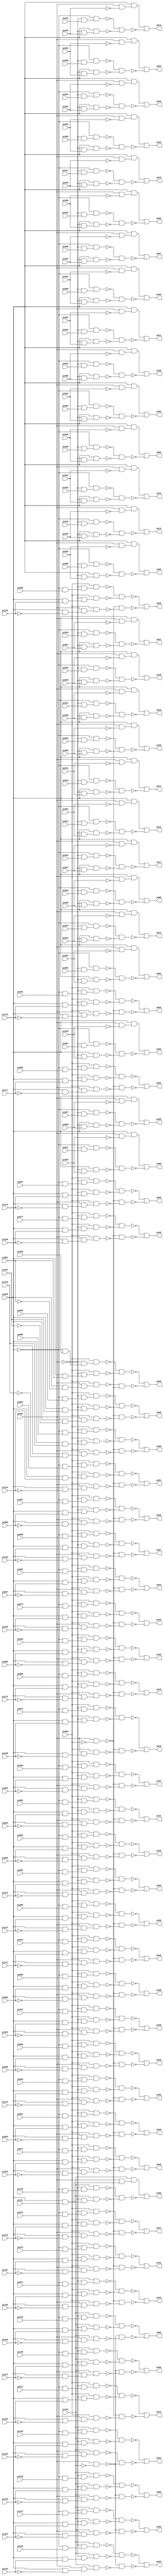
// Benchmark "i6" written by ABC on Sun Apr 22 21:43:05 2018

module i6 ( 
    pi000, pi001, pi002, pi003, pi004, pi005, pi006, pi007, pi008, pi009,
    pi010, pi011, pi012, pi013, pi014, pi015, pi016, pi017, pi018, pi019,
    pi020, pi021, pi022, pi023, pi024, pi025, pi026, pi027, pi028, pi029,
    pi030, pi031, pi032, pi033, pi034, pi035, pi036, pi037, pi038, pi039,
    pi040, pi041, pi042, pi043, pi044, pi045, pi046, pi047, pi048, pi049,
    pi050, pi051, pi052, pi053, pi054, pi055, pi056, pi057, pi058, pi059,
    pi060, pi061, pi062, pi063, pi064, pi065, pi066, pi067, pi068, pi069,
    pi070, pi071, pi072, pi073, pi074, pi075, pi076, pi077, pi078, pi079,
    pi080, pi081, pi082, pi083, pi084, pi085, pi086, pi087, pi088, pi089,
    pi090, pi091, pi092, pi093, pi094, pi095, pi096, pi097, pi098, pi099,
    pi100, pi101, pi102, pi103, pi104, pi105, pi106, pi107, pi108, pi109,
    pi110, pi111, pi112, pi113, pi114, pi115, pi116, pi117, pi118, pi119,
    pi120, pi121, pi122, pi123, pi124, pi125, pi126, pi127, pi128, pi129,
    pi130, pi131, pi132, pi133, pi134, pi135, pi136, pi137,
    po00, po01, po02, po03, po04, po05, po06, po07, po08, po09, po10, po11,
    po12, po13, po14, po15, po16, po17, po18, po19, po20, po21, po22, po23,
    po24, po25, po26, po27, po28, po29, po30, po31, po32, po33, po34, po35,
    po36, po37, po38, po39, po40, po41, po42, po43, po44, po45, po46, po47,
    po48, po49, po50, po51, po52, po53, po54, po55, po56, po57, po58, po59,
    po60, po61, po62, po63, po64, po65, po66  );
  input  pi000, pi001, pi002, pi003, pi004, pi005, pi006, pi007, pi008,
    pi009, pi010, pi011, pi012, pi013, pi014, pi015, pi016, pi017, pi018,
    pi019, pi020, pi021, pi022, pi023, pi024, pi025, pi026, pi027, pi028,
    pi029, pi030, pi031, pi032, pi033, pi034, pi035, pi036, pi037, pi038,
    pi039, pi040, pi041, pi042, pi043, pi044, pi045, pi046, pi047, pi048,
    pi049, pi050, pi051, pi052, pi053, pi054, pi055, pi056, pi057, pi058,
    pi059, pi060, pi061, pi062, pi063, pi064, pi065, pi066, pi067, pi068,
    pi069, pi070, pi071, pi072, pi073, pi074, pi075, pi076, pi077, pi078,
    pi079, pi080, pi081, pi082, pi083, pi084, pi085, pi086, pi087, pi088,
    pi089, pi090, pi091, pi092, pi093, pi094, pi095, pi096, pi097, pi098,
    pi099, pi100, pi101, pi102, pi103, pi104, pi105, pi106, pi107, pi108,
    pi109, pi110, pi111, pi112, pi113, pi114, pi115, pi116, pi117, pi118,
    pi119, pi120, pi121, pi122, pi123, pi124, pi125, pi126, pi127, pi128,
    pi129, pi130, pi131, pi132, pi133, pi134, pi135, pi136, pi137;
  output po00, po01, po02, po03, po04, po05, po06, po07, po08, po09, po10,
    po11, po12, po13, po14, po15, po16, po17, po18, po19, po20, po21, po22,
    po23, po24, po25, po26, po27, po28, po29, po30, po31, po32, po33, po34,
    po35, po36, po37, po38, po39, po40, po41, po42, po43, po44, po45, po46,
    po47, po48, po49, po50, po51, po52, po53, po54, po55, po56, po57, po58,
    po59, po60, po61, po62, po63, po64, po65, po66;
  wire n206, n207, n208, n209, n210, n211, n212, n214, n215, n216, n217,
    n218, n219, n220, n222, n223, n224, n225, n226, n227, n228, n230, n231,
    n232, n233, n234, n235, n236, n238, n239, n240, n241, n242, n243, n244,
    n246, n247, n248, n249, n250, n251, n252, n254, n255, n256, n257, n258,
    n259, n260, n262, n263, n264, n265, n266, n267, n268, n270, n271, n272,
    n273, n274, n275, n276, n278, n279, n280, n281, n282, n283, n284, n286,
    n287, n288, n289, n290, n291, n292, n294, n295, n296, n297, n298, n299,
    n300, n302, n303, n304, n305, n306, n307, n308, n310, n311, n312, n313,
    n314, n315, n316, n318, n319, n320, n321, n322, n323, n324, n326, n327,
    n328, n329, n330, n331, n332, n334, n335, n336, n337, n338, n339, n340,
    n342, n343, n344, n345, n346, n347, n348, n350, n351, n352, n353, n354,
    n355, n356, n358, n359, n360, n361, n362, n363, n364, n366, n367, n368,
    n369, n370, n371, n372, n374, n375, n376, n377, n378, n379, n380, n382,
    n383, n384, n385, n386, n387, n388, n390, n391, n392, n393, n394, n395,
    n396, n398, n399, n400, n401, n402, n403, n404, n406, n407, n408, n409,
    n410, n411, n412, n414, n415, n416, n417, n418, n419, n420, n422, n423,
    n424, n425, n426, n427, n428, n430, n431, n432, n433, n434, n435, n436,
    n437, n438, n439, n440, n441, n443, n444, n445, n446, n447, n448, n449,
    n450, n451, n452, n453, n455, n456, n457, n458, n459, n460, n461, n462,
    n463, n464, n465, n467, n468, n469, n470, n471, n472, n473, n474, n475,
    n476, n477, n479, n480, n481, n482, n483, n484, n485, n486, n487, n488,
    n489, n491, n492, n493, n494, n495, n496, n497, n498, n499, n500, n501,
    n503, n504, n505, n506, n507, n508, n509, n510, n511, n512, n513, n515,
    n516, n517, n518, n519, n520, n521, n522, n523, n524, n525, n527, n528,
    n529, n530, n531, n532, n533, n534, n535, n536, n537, n539, n540, n541,
    n542, n543, n544, n545, n546, n547, n548, n549, n551, n552, n553, n554,
    n555, n556, n557, n558, n559, n560, n561, n563, n564, n565, n566, n567,
    n568, n569, n570, n571, n572, n573, n575, n576, n577, n578, n579, n580,
    n581, n582, n583, n584, n585, n587, n588, n589, n590, n591, n592, n593,
    n594, n595, n596, n597, n599, n600, n601, n602, n603, n604, n605, n606,
    n607, n608, n609, n611, n612, n613, n614, n615, n616, n617, n618, n619,
    n620, n621, n623, n624, n625, n626, n627, n628, n629, n630, n631, n632,
    n633, n635, n636, n637, n638, n639, n640, n641, n642, n643, n644, n645,
    n647, n648, n649, n650, n651, n652, n653, n654, n655, n656, n657, n659,
    n660, n661, n662, n663, n664, n665, n666, n667, n668, n669, n671, n672,
    n673, n674, n675, n676, n677, n678, n679, n680, n681, n683, n684, n685,
    n686, n687, n688, n689, n690, n691, n692, n693, n695, n696, n697, n698,
    n699, n700, n701, n702, n703, n704, n705, n707, n708, n709, n710, n711,
    n712, n713, n714, n715, n716, n717, n719, n720, n721, n722, n723, n724,
    n725, n726, n727, n728, n729, n731, n732, n733, n734, n735, n736, n737,
    n738, n739, n740, n741, n743, n744, n745, n746, n747, n748, n749, n750,
    n751, n752, n753, n755, n756, n757, n758, n759, n760, n761, n762, n763,
    n764, n765, n767, n768, n769, n770, n771, n772, n773, n774, n775, n776,
    n777, n779, n780, n781, n782, n783, n784, n785, n786, n787, n788, n789,
    n791, n792, n793, n794, n795, n796, n797, n798, n799, n800, n801, n803,
    n804, n805, n806, n807, n808, n809, n810, n811, n812, n813, n815, n816,
    n817, n818, n819, n820, n821, n822, n823, n825, n826, n827, n828, n829,
    n830, n831, n832, n833, n834, n835, n836, n838, n839, n840, n841, n842,
    n843, n844, n845, n846, n847, n848, n850, n851, n852, n853, n854, n855,
    n856, n857, n858, n859, n860, n862, n863, n864, n865, n866, n867, n868,
    n869, n870, n871, n872, n874, n875, n876, n877, n878, n879, n880, n881,
    n882, n883, n884, n886, n887, n888, n889, n890, n891, n892, n893, n894,
    n895, n896;
  assign n206 = ~pi001 & pi002;
  assign n207 = ~pi000 & n206;
  assign n208 = ~pi001 & pi030;
  assign n209 = pi000 & n208;
  assign n210 = pi001 & ~pi030;
  assign n211 = pi000 & n210;
  assign n212 = ~n207 & ~n209;
  assign po00 = n211 | ~n212;
  assign n214 = ~pi001 & pi003;
  assign n215 = ~pi000 & n214;
  assign n216 = ~pi001 & pi031;
  assign n217 = pi000 & n216;
  assign n218 = pi001 & ~pi031;
  assign n219 = pi000 & n218;
  assign n220 = ~n215 & ~n217;
  assign po01 = n219 | ~n220;
  assign n222 = ~pi001 & pi004;
  assign n223 = ~pi000 & n222;
  assign n224 = ~pi001 & pi032;
  assign n225 = pi000 & n224;
  assign n226 = pi001 & ~pi032;
  assign n227 = pi000 & n226;
  assign n228 = ~n223 & ~n225;
  assign po02 = n227 | ~n228;
  assign n230 = ~pi001 & pi005;
  assign n231 = ~pi000 & n230;
  assign n232 = ~pi001 & pi033;
  assign n233 = pi000 & n232;
  assign n234 = pi001 & ~pi033;
  assign n235 = pi000 & n234;
  assign n236 = ~n231 & ~n233;
  assign po03 = n235 | ~n236;
  assign n238 = ~pi001 & pi006;
  assign n239 = ~pi000 & n238;
  assign n240 = ~pi001 & pi034;
  assign n241 = pi000 & n240;
  assign n242 = pi001 & ~pi034;
  assign n243 = pi000 & n242;
  assign n244 = ~n239 & ~n241;
  assign po04 = n243 | ~n244;
  assign n246 = ~pi001 & pi007;
  assign n247 = ~pi000 & n246;
  assign n248 = ~pi001 & pi035;
  assign n249 = pi000 & n248;
  assign n250 = pi001 & ~pi035;
  assign n251 = pi000 & n250;
  assign n252 = ~n247 & ~n249;
  assign po05 = n251 | ~n252;
  assign n254 = ~pi001 & pi008;
  assign n255 = ~pi000 & n254;
  assign n256 = ~pi001 & pi036;
  assign n257 = pi000 & n256;
  assign n258 = pi001 & ~pi036;
  assign n259 = pi000 & n258;
  assign n260 = ~n255 & ~n257;
  assign po06 = n259 | ~n260;
  assign n262 = ~pi001 & pi009;
  assign n263 = ~pi000 & n262;
  assign n264 = ~pi001 & pi037;
  assign n265 = pi000 & n264;
  assign n266 = pi001 & ~pi037;
  assign n267 = pi000 & n266;
  assign n268 = ~n263 & ~n265;
  assign po07 = n267 | ~n268;
  assign n270 = ~pi001 & pi010;
  assign n271 = ~pi000 & n270;
  assign n272 = ~pi001 & pi038;
  assign n273 = pi000 & n272;
  assign n274 = pi001 & ~pi038;
  assign n275 = pi000 & n274;
  assign n276 = ~n271 & ~n273;
  assign po08 = n275 | ~n276;
  assign n278 = ~pi001 & pi011;
  assign n279 = ~pi000 & n278;
  assign n280 = ~pi001 & pi039;
  assign n281 = pi000 & n280;
  assign n282 = pi001 & ~pi039;
  assign n283 = pi000 & n282;
  assign n284 = ~n279 & ~n281;
  assign po09 = n283 | ~n284;
  assign n286 = ~pi001 & pi012;
  assign n287 = ~pi000 & n286;
  assign n288 = ~pi001 & pi040;
  assign n289 = pi000 & n288;
  assign n290 = pi001 & ~pi040;
  assign n291 = pi000 & n290;
  assign n292 = ~n287 & ~n289;
  assign po10 = n291 | ~n292;
  assign n294 = ~pi001 & pi013;
  assign n295 = ~pi000 & n294;
  assign n296 = ~pi001 & pi041;
  assign n297 = pi000 & n296;
  assign n298 = pi001 & ~pi041;
  assign n299 = pi000 & n298;
  assign n300 = ~n295 & ~n297;
  assign po11 = n299 | ~n300;
  assign n302 = ~pi001 & pi014;
  assign n303 = ~pi000 & n302;
  assign n304 = ~pi001 & pi042;
  assign n305 = pi000 & n304;
  assign n306 = pi001 & ~pi042;
  assign n307 = pi000 & n306;
  assign n308 = ~n303 & ~n305;
  assign po12 = n307 | ~n308;
  assign n310 = ~pi001 & pi015;
  assign n311 = ~pi000 & n310;
  assign n312 = ~pi001 & pi043;
  assign n313 = pi000 & n312;
  assign n314 = pi001 & ~pi043;
  assign n315 = pi000 & n314;
  assign n316 = ~n311 & ~n313;
  assign po13 = n315 | ~n316;
  assign n318 = ~pi001 & pi016;
  assign n319 = ~pi000 & n318;
  assign n320 = ~pi001 & pi044;
  assign n321 = pi000 & n320;
  assign n322 = pi001 & ~pi044;
  assign n323 = pi000 & n322;
  assign n324 = ~n319 & ~n321;
  assign po14 = n323 | ~n324;
  assign n326 = ~pi001 & pi017;
  assign n327 = ~pi000 & n326;
  assign n328 = ~pi001 & pi045;
  assign n329 = pi000 & n328;
  assign n330 = pi001 & ~pi045;
  assign n331 = pi000 & n330;
  assign n332 = ~n327 & ~n329;
  assign po15 = n331 | ~n332;
  assign n334 = ~pi001 & pi018;
  assign n335 = ~pi000 & n334;
  assign n336 = ~pi001 & pi046;
  assign n337 = pi000 & n336;
  assign n338 = pi001 & ~pi046;
  assign n339 = pi000 & n338;
  assign n340 = ~n335 & ~n337;
  assign po16 = n339 | ~n340;
  assign n342 = ~pi001 & pi019;
  assign n343 = ~pi000 & n342;
  assign n344 = ~pi001 & pi047;
  assign n345 = pi000 & n344;
  assign n346 = pi001 & ~pi047;
  assign n347 = pi000 & n346;
  assign n348 = ~n343 & ~n345;
  assign po17 = n347 | ~n348;
  assign n350 = ~pi001 & pi020;
  assign n351 = ~pi000 & n350;
  assign n352 = ~pi001 & pi048;
  assign n353 = pi000 & n352;
  assign n354 = pi001 & ~pi048;
  assign n355 = pi000 & n354;
  assign n356 = ~n351 & ~n353;
  assign po18 = n355 | ~n356;
  assign n358 = ~pi001 & pi021;
  assign n359 = ~pi000 & n358;
  assign n360 = ~pi001 & pi049;
  assign n361 = pi000 & n360;
  assign n362 = pi001 & ~pi049;
  assign n363 = pi000 & n362;
  assign n364 = ~n359 & ~n361;
  assign po19 = n363 | ~n364;
  assign n366 = ~pi001 & pi022;
  assign n367 = ~pi000 & n366;
  assign n368 = ~pi001 & pi050;
  assign n369 = pi000 & n368;
  assign n370 = pi001 & ~pi050;
  assign n371 = pi000 & n370;
  assign n372 = ~n367 & ~n369;
  assign po20 = n371 | ~n372;
  assign n374 = ~pi001 & pi023;
  assign n375 = ~pi000 & n374;
  assign n376 = ~pi001 & pi051;
  assign n377 = pi000 & n376;
  assign n378 = pi001 & ~pi051;
  assign n379 = pi000 & n378;
  assign n380 = ~n375 & ~n377;
  assign po21 = n379 | ~n380;
  assign n382 = ~pi001 & pi024;
  assign n383 = ~pi000 & n382;
  assign n384 = ~pi001 & pi052;
  assign n385 = pi000 & n384;
  assign n386 = pi001 & ~pi052;
  assign n387 = pi000 & n386;
  assign n388 = ~n383 & ~n385;
  assign po22 = n387 | ~n388;
  assign n390 = ~pi001 & pi025;
  assign n391 = ~pi000 & n390;
  assign n392 = ~pi001 & pi053;
  assign n393 = pi000 & n392;
  assign n394 = pi001 & ~pi053;
  assign n395 = pi000 & n394;
  assign n396 = ~n391 & ~n393;
  assign po23 = n395 | ~n396;
  assign n398 = ~pi001 & pi026;
  assign n399 = ~pi000 & n398;
  assign n400 = ~pi001 & pi054;
  assign n401 = pi000 & n400;
  assign n402 = pi001 & ~pi054;
  assign n403 = pi000 & n402;
  assign n404 = ~n399 & ~n401;
  assign po24 = n403 | ~n404;
  assign n406 = ~pi001 & pi027;
  assign n407 = ~pi000 & n406;
  assign n408 = ~pi001 & pi055;
  assign n409 = pi000 & n408;
  assign n410 = pi001 & ~pi055;
  assign n411 = pi000 & n410;
  assign n412 = ~n407 & ~n409;
  assign po25 = n411 | ~n412;
  assign n414 = ~pi001 & pi028;
  assign n415 = ~pi000 & n414;
  assign n416 = ~pi001 & pi056;
  assign n417 = pi000 & n416;
  assign n418 = pi001 & ~pi056;
  assign n419 = pi000 & n418;
  assign n420 = ~n415 & ~n417;
  assign po26 = n419 | ~n420;
  assign n422 = ~pi001 & pi029;
  assign n423 = ~pi000 & n422;
  assign n424 = ~pi001 & pi057;
  assign n425 = pi000 & n424;
  assign n426 = pi001 & ~pi057;
  assign n427 = pi000 & n426;
  assign n428 = ~n423 & ~n425;
  assign po27 = n427 | ~n428;
  assign n430 = ~pi000 & pi058;
  assign n431 = ~pi001 & n430;
  assign n432 = pi059 & n431;
  assign n433 = pi000 & pi091;
  assign n434 = ~pi001 & n433;
  assign n435 = pi059 & n434;
  assign n436 = pi000 & ~pi091;
  assign n437 = pi001 & n436;
  assign n438 = pi059 & n437;
  assign n439 = pi001 & ~pi059;
  assign n440 = ~n432 & ~n435;
  assign n441 = ~n438 & ~n439;
  assign po28 = ~n440 | ~n441;
  assign n443 = ~pi000 & pi060;
  assign n444 = ~pi001 & n443;
  assign n445 = pi059 & n444;
  assign n446 = pi000 & pi092;
  assign n447 = ~pi001 & n446;
  assign n448 = pi059 & n447;
  assign n449 = pi000 & ~pi092;
  assign n450 = pi001 & n449;
  assign n451 = pi059 & n450;
  assign n452 = ~n445 & ~n448;
  assign n453 = ~n439 & ~n451;
  assign po29 = ~n452 | ~n453;
  assign n455 = ~pi000 & pi061;
  assign n456 = ~pi001 & n455;
  assign n457 = pi059 & n456;
  assign n458 = pi000 & pi093;
  assign n459 = ~pi001 & n458;
  assign n460 = pi059 & n459;
  assign n461 = pi000 & ~pi093;
  assign n462 = pi001 & n461;
  assign n463 = pi059 & n462;
  assign n464 = ~n457 & ~n460;
  assign n465 = ~n439 & ~n463;
  assign po30 = ~n464 | ~n465;
  assign n467 = ~pi000 & pi062;
  assign n468 = ~pi001 & n467;
  assign n469 = pi059 & n468;
  assign n470 = pi000 & pi094;
  assign n471 = ~pi001 & n470;
  assign n472 = pi059 & n471;
  assign n473 = pi000 & ~pi094;
  assign n474 = pi001 & n473;
  assign n475 = pi059 & n474;
  assign n476 = ~n469 & ~n472;
  assign n477 = ~n439 & ~n475;
  assign po31 = ~n476 | ~n477;
  assign n479 = ~pi000 & pi063;
  assign n480 = ~pi001 & n479;
  assign n481 = pi059 & n480;
  assign n482 = pi000 & pi095;
  assign n483 = ~pi001 & n482;
  assign n484 = pi059 & n483;
  assign n485 = pi000 & ~pi095;
  assign n486 = pi001 & n485;
  assign n487 = pi059 & n486;
  assign n488 = ~n481 & ~n484;
  assign n489 = ~n439 & ~n487;
  assign po32 = ~n488 | ~n489;
  assign n491 = ~pi000 & pi064;
  assign n492 = ~pi001 & n491;
  assign n493 = pi059 & n492;
  assign n494 = pi000 & pi096;
  assign n495 = ~pi001 & n494;
  assign n496 = pi059 & n495;
  assign n497 = pi000 & ~pi096;
  assign n498 = pi001 & n497;
  assign n499 = pi059 & n498;
  assign n500 = ~n493 & ~n496;
  assign n501 = ~n439 & ~n499;
  assign po33 = ~n500 | ~n501;
  assign n503 = ~pi000 & pi065;
  assign n504 = ~pi001 & n503;
  assign n505 = pi059 & n504;
  assign n506 = pi000 & pi097;
  assign n507 = ~pi001 & n506;
  assign n508 = pi059 & n507;
  assign n509 = pi000 & ~pi097;
  assign n510 = pi001 & n509;
  assign n511 = pi059 & n510;
  assign n512 = ~n505 & ~n508;
  assign n513 = ~n439 & ~n511;
  assign po34 = ~n512 | ~n513;
  assign n515 = ~pi000 & pi066;
  assign n516 = ~pi001 & n515;
  assign n517 = pi059 & n516;
  assign n518 = pi000 & pi098;
  assign n519 = ~pi001 & n518;
  assign n520 = pi059 & n519;
  assign n521 = pi000 & ~pi098;
  assign n522 = pi001 & n521;
  assign n523 = pi059 & n522;
  assign n524 = ~n517 & ~n520;
  assign n525 = ~n439 & ~n523;
  assign po35 = ~n524 | ~n525;
  assign n527 = ~pi000 & pi067;
  assign n528 = ~pi001 & n527;
  assign n529 = pi059 & n528;
  assign n530 = pi000 & pi099;
  assign n531 = ~pi001 & n530;
  assign n532 = pi059 & n531;
  assign n533 = pi000 & ~pi099;
  assign n534 = pi001 & n533;
  assign n535 = pi059 & n534;
  assign n536 = ~n529 & ~n532;
  assign n537 = ~n439 & ~n535;
  assign po36 = ~n536 | ~n537;
  assign n539 = ~pi000 & pi068;
  assign n540 = ~pi001 & n539;
  assign n541 = pi059 & n540;
  assign n542 = pi000 & pi100;
  assign n543 = ~pi001 & n542;
  assign n544 = pi059 & n543;
  assign n545 = pi000 & ~pi100;
  assign n546 = pi001 & n545;
  assign n547 = pi059 & n546;
  assign n548 = ~n541 & ~n544;
  assign n549 = ~n439 & ~n547;
  assign po37 = ~n548 | ~n549;
  assign n551 = ~pi000 & pi069;
  assign n552 = ~pi001 & n551;
  assign n553 = pi059 & n552;
  assign n554 = pi000 & pi101;
  assign n555 = ~pi001 & n554;
  assign n556 = pi059 & n555;
  assign n557 = pi000 & ~pi101;
  assign n558 = pi001 & n557;
  assign n559 = pi059 & n558;
  assign n560 = ~n553 & ~n556;
  assign n561 = ~n439 & ~n559;
  assign po38 = ~n560 | ~n561;
  assign n563 = ~pi000 & pi070;
  assign n564 = ~pi001 & n563;
  assign n565 = pi059 & n564;
  assign n566 = pi000 & pi102;
  assign n567 = ~pi001 & n566;
  assign n568 = pi059 & n567;
  assign n569 = pi000 & ~pi102;
  assign n570 = pi001 & n569;
  assign n571 = pi059 & n570;
  assign n572 = ~n565 & ~n568;
  assign n573 = ~n439 & ~n571;
  assign po39 = ~n572 | ~n573;
  assign n575 = ~pi000 & pi071;
  assign n576 = ~pi001 & n575;
  assign n577 = pi059 & n576;
  assign n578 = pi000 & pi103;
  assign n579 = ~pi001 & n578;
  assign n580 = pi059 & n579;
  assign n581 = pi000 & ~pi103;
  assign n582 = pi001 & n581;
  assign n583 = pi059 & n582;
  assign n584 = ~n577 & ~n580;
  assign n585 = ~n439 & ~n583;
  assign po40 = ~n584 | ~n585;
  assign n587 = ~pi000 & pi072;
  assign n588 = ~pi001 & n587;
  assign n589 = pi059 & n588;
  assign n590 = pi000 & pi104;
  assign n591 = ~pi001 & n590;
  assign n592 = pi059 & n591;
  assign n593 = pi000 & ~pi104;
  assign n594 = pi001 & n593;
  assign n595 = pi059 & n594;
  assign n596 = ~n589 & ~n592;
  assign n597 = ~n439 & ~n595;
  assign po41 = ~n596 | ~n597;
  assign n599 = ~pi000 & pi073;
  assign n600 = ~pi001 & n599;
  assign n601 = pi059 & n600;
  assign n602 = pi000 & pi105;
  assign n603 = ~pi001 & n602;
  assign n604 = pi059 & n603;
  assign n605 = pi000 & ~pi105;
  assign n606 = pi001 & n605;
  assign n607 = pi059 & n606;
  assign n608 = ~n601 & ~n604;
  assign n609 = ~n439 & ~n607;
  assign po42 = ~n608 | ~n609;
  assign n611 = ~pi000 & pi074;
  assign n612 = ~pi001 & n611;
  assign n613 = pi059 & n612;
  assign n614 = pi000 & pi106;
  assign n615 = ~pi001 & n614;
  assign n616 = pi059 & n615;
  assign n617 = pi000 & ~pi106;
  assign n618 = pi001 & n617;
  assign n619 = pi059 & n618;
  assign n620 = ~n613 & ~n616;
  assign n621 = ~n439 & ~n619;
  assign po43 = ~n620 | ~n621;
  assign n623 = ~pi000 & pi075;
  assign n624 = ~pi001 & n623;
  assign n625 = pi059 & n624;
  assign n626 = pi000 & pi107;
  assign n627 = ~pi001 & n626;
  assign n628 = pi059 & n627;
  assign n629 = pi000 & ~pi107;
  assign n630 = pi001 & n629;
  assign n631 = pi059 & n630;
  assign n632 = ~n625 & ~n628;
  assign n633 = ~n439 & ~n631;
  assign po44 = ~n632 | ~n633;
  assign n635 = ~pi000 & pi076;
  assign n636 = ~pi001 & n635;
  assign n637 = pi059 & n636;
  assign n638 = pi000 & pi108;
  assign n639 = ~pi001 & n638;
  assign n640 = pi059 & n639;
  assign n641 = pi000 & ~pi108;
  assign n642 = pi001 & n641;
  assign n643 = pi059 & n642;
  assign n644 = ~n637 & ~n640;
  assign n645 = ~n439 & ~n643;
  assign po45 = ~n644 | ~n645;
  assign n647 = ~pi000 & pi077;
  assign n648 = ~pi001 & n647;
  assign n649 = pi059 & n648;
  assign n650 = pi000 & pi109;
  assign n651 = ~pi001 & n650;
  assign n652 = pi059 & n651;
  assign n653 = pi000 & ~pi109;
  assign n654 = pi001 & n653;
  assign n655 = pi059 & n654;
  assign n656 = ~n649 & ~n652;
  assign n657 = ~n439 & ~n655;
  assign po46 = ~n656 | ~n657;
  assign n659 = ~pi000 & pi078;
  assign n660 = ~pi001 & n659;
  assign n661 = pi059 & n660;
  assign n662 = pi000 & pi110;
  assign n663 = ~pi001 & n662;
  assign n664 = pi059 & n663;
  assign n665 = pi000 & ~pi110;
  assign n666 = pi001 & n665;
  assign n667 = pi059 & n666;
  assign n668 = ~n661 & ~n664;
  assign n669 = ~n439 & ~n667;
  assign po47 = ~n668 | ~n669;
  assign n671 = ~pi000 & pi079;
  assign n672 = ~pi001 & n671;
  assign n673 = pi059 & n672;
  assign n674 = pi000 & pi111;
  assign n675 = ~pi001 & n674;
  assign n676 = pi059 & n675;
  assign n677 = pi000 & ~pi111;
  assign n678 = pi001 & n677;
  assign n679 = pi059 & n678;
  assign n680 = ~n673 & ~n676;
  assign n681 = ~n439 & ~n679;
  assign po48 = ~n680 | ~n681;
  assign n683 = ~pi000 & pi080;
  assign n684 = ~pi001 & n683;
  assign n685 = pi059 & n684;
  assign n686 = pi000 & pi112;
  assign n687 = ~pi001 & n686;
  assign n688 = pi059 & n687;
  assign n689 = pi000 & ~pi112;
  assign n690 = pi001 & n689;
  assign n691 = pi059 & n690;
  assign n692 = ~n685 & ~n688;
  assign n693 = ~n439 & ~n691;
  assign po49 = ~n692 | ~n693;
  assign n695 = ~pi000 & pi081;
  assign n696 = ~pi001 & n695;
  assign n697 = pi059 & n696;
  assign n698 = pi000 & pi113;
  assign n699 = ~pi001 & n698;
  assign n700 = pi059 & n699;
  assign n701 = pi000 & ~pi113;
  assign n702 = pi001 & n701;
  assign n703 = pi059 & n702;
  assign n704 = ~n697 & ~n700;
  assign n705 = ~n439 & ~n703;
  assign po50 = ~n704 | ~n705;
  assign n707 = ~pi000 & pi082;
  assign n708 = ~pi001 & n707;
  assign n709 = pi059 & n708;
  assign n710 = pi000 & pi114;
  assign n711 = ~pi001 & n710;
  assign n712 = pi059 & n711;
  assign n713 = pi000 & ~pi114;
  assign n714 = pi001 & n713;
  assign n715 = pi059 & n714;
  assign n716 = ~n709 & ~n712;
  assign n717 = ~n439 & ~n715;
  assign po51 = ~n716 | ~n717;
  assign n719 = ~pi000 & pi083;
  assign n720 = ~pi001 & n719;
  assign n721 = pi059 & n720;
  assign n722 = pi000 & pi115;
  assign n723 = ~pi001 & n722;
  assign n724 = pi059 & n723;
  assign n725 = pi000 & ~pi115;
  assign n726 = pi001 & n725;
  assign n727 = pi059 & n726;
  assign n728 = ~n721 & ~n724;
  assign n729 = ~n439 & ~n727;
  assign po52 = ~n728 | ~n729;
  assign n731 = ~pi000 & pi084;
  assign n732 = ~pi001 & n731;
  assign n733 = pi059 & n732;
  assign n734 = pi000 & pi116;
  assign n735 = ~pi001 & n734;
  assign n736 = pi059 & n735;
  assign n737 = pi000 & ~pi116;
  assign n738 = pi001 & n737;
  assign n739 = pi059 & n738;
  assign n740 = ~n733 & ~n736;
  assign n741 = ~n439 & ~n739;
  assign po53 = ~n740 | ~n741;
  assign n743 = ~pi000 & pi085;
  assign n744 = ~pi001 & n743;
  assign n745 = pi059 & n744;
  assign n746 = pi000 & pi117;
  assign n747 = ~pi001 & n746;
  assign n748 = pi059 & n747;
  assign n749 = pi000 & ~pi117;
  assign n750 = pi001 & n749;
  assign n751 = pi059 & n750;
  assign n752 = ~n745 & ~n748;
  assign n753 = ~n439 & ~n751;
  assign po54 = ~n752 | ~n753;
  assign n755 = ~pi000 & pi086;
  assign n756 = ~pi001 & n755;
  assign n757 = pi059 & n756;
  assign n758 = pi000 & pi118;
  assign n759 = ~pi001 & n758;
  assign n760 = pi059 & n759;
  assign n761 = pi000 & ~pi118;
  assign n762 = pi001 & n761;
  assign n763 = pi059 & n762;
  assign n764 = ~n757 & ~n760;
  assign n765 = ~n439 & ~n763;
  assign po55 = ~n764 | ~n765;
  assign n767 = ~pi000 & pi087;
  assign n768 = ~pi001 & n767;
  assign n769 = pi059 & n768;
  assign n770 = pi000 & pi119;
  assign n771 = ~pi001 & n770;
  assign n772 = pi059 & n771;
  assign n773 = pi000 & ~pi119;
  assign n774 = pi001 & n773;
  assign n775 = pi059 & n774;
  assign n776 = ~n769 & ~n772;
  assign n777 = ~n439 & ~n775;
  assign po56 = ~n776 | ~n777;
  assign n779 = ~pi000 & pi088;
  assign n780 = ~pi001 & n779;
  assign n781 = pi059 & n780;
  assign n782 = pi000 & pi120;
  assign n783 = ~pi001 & n782;
  assign n784 = pi059 & n783;
  assign n785 = pi000 & ~pi120;
  assign n786 = pi001 & n785;
  assign n787 = pi059 & n786;
  assign n788 = ~n781 & ~n784;
  assign n789 = ~n439 & ~n787;
  assign po57 = ~n788 | ~n789;
  assign n791 = ~pi000 & pi089;
  assign n792 = ~pi001 & n791;
  assign n793 = pi059 & n792;
  assign n794 = pi000 & pi121;
  assign n795 = ~pi001 & n794;
  assign n796 = pi059 & n795;
  assign n797 = pi000 & ~pi121;
  assign n798 = pi001 & n797;
  assign n799 = pi059 & n798;
  assign n800 = ~n793 & ~n796;
  assign n801 = ~n439 & ~n799;
  assign po58 = ~n800 | ~n801;
  assign n803 = ~pi000 & pi090;
  assign n804 = ~pi001 & n803;
  assign n805 = pi059 & n804;
  assign n806 = pi000 & pi122;
  assign n807 = ~pi001 & n806;
  assign n808 = pi059 & n807;
  assign n809 = pi000 & ~pi122;
  assign n810 = pi001 & n809;
  assign n811 = pi059 & n810;
  assign n812 = ~n805 & ~n808;
  assign n813 = ~n439 & ~n811;
  assign po59 = ~n812 | ~n813;
  assign n815 = ~pi000 & pi123;
  assign n816 = ~pi001 & n815;
  assign n817 = pi124 & n816;
  assign n818 = pi000 & pi131;
  assign n819 = ~pi001 & n818;
  assign n820 = pi124 & n819;
  assign n821 = pi001 & n818;
  assign n822 = pi124 & n821;
  assign n823 = ~n817 & ~n820;
  assign po60 = n822 | ~n823;
  assign n825 = ~pi000 & pi125;
  assign n826 = ~pi001 & n825;
  assign n827 = pi124 & n826;
  assign n828 = pi000 & pi132;
  assign n829 = ~pi001 & n828;
  assign n830 = pi124 & n829;
  assign n831 = pi000 & ~pi132;
  assign n832 = pi001 & n831;
  assign n833 = pi124 & n832;
  assign n834 = pi001 & ~pi124;
  assign n835 = ~n827 & ~n830;
  assign n836 = ~n833 & ~n834;
  assign po61 = ~n835 | ~n836;
  assign n838 = ~pi000 & pi126;
  assign n839 = ~pi001 & n838;
  assign n840 = pi124 & n839;
  assign n841 = pi000 & pi133;
  assign n842 = ~pi001 & n841;
  assign n843 = pi124 & n842;
  assign n844 = pi000 & ~pi133;
  assign n845 = pi001 & n844;
  assign n846 = pi124 & n845;
  assign n847 = ~n840 & ~n843;
  assign n848 = ~n834 & ~n846;
  assign po62 = ~n847 | ~n848;
  assign n850 = ~pi000 & pi127;
  assign n851 = ~pi001 & n850;
  assign n852 = pi124 & n851;
  assign n853 = pi000 & pi134;
  assign n854 = ~pi001 & n853;
  assign n855 = pi124 & n854;
  assign n856 = pi000 & ~pi134;
  assign n857 = pi001 & n856;
  assign n858 = pi124 & n857;
  assign n859 = ~n852 & ~n855;
  assign n860 = ~n834 & ~n858;
  assign po63 = ~n859 | ~n860;
  assign n862 = ~pi000 & pi128;
  assign n863 = ~pi001 & n862;
  assign n864 = pi124 & n863;
  assign n865 = pi000 & pi135;
  assign n866 = ~pi001 & n865;
  assign n867 = pi124 & n866;
  assign n868 = pi000 & ~pi135;
  assign n869 = pi001 & n868;
  assign n870 = pi124 & n869;
  assign n871 = ~n864 & ~n867;
  assign n872 = ~n834 & ~n870;
  assign po64 = ~n871 | ~n872;
  assign n874 = ~pi000 & pi129;
  assign n875 = ~pi001 & n874;
  assign n876 = pi124 & n875;
  assign n877 = pi000 & pi136;
  assign n878 = ~pi001 & n877;
  assign n879 = pi124 & n878;
  assign n880 = pi000 & ~pi136;
  assign n881 = pi001 & n880;
  assign n882 = pi124 & n881;
  assign n883 = ~n876 & ~n879;
  assign n884 = ~n834 & ~n882;
  assign po65 = ~n883 | ~n884;
  assign n886 = ~pi000 & pi130;
  assign n887 = ~pi001 & n886;
  assign n888 = pi124 & n887;
  assign n889 = pi000 & pi137;
  assign n890 = ~pi001 & n889;
  assign n891 = pi124 & n890;
  assign n892 = pi000 & ~pi137;
  assign n893 = pi001 & n892;
  assign n894 = pi124 & n893;
  assign n895 = ~n888 & ~n891;
  assign n896 = ~n834 & ~n894;
  assign po66 = ~n895 | ~n896;
endmodule